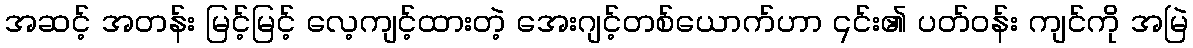
အဆင့် အတန်း မြင့်မြင့် လေ့ကျင့်ထားတဲ့ အေးဂျင့်တစ်ယောက်ဟာ ၎င်း၏ ပတ်ဝန်း ကျင်ကို အမြဲ